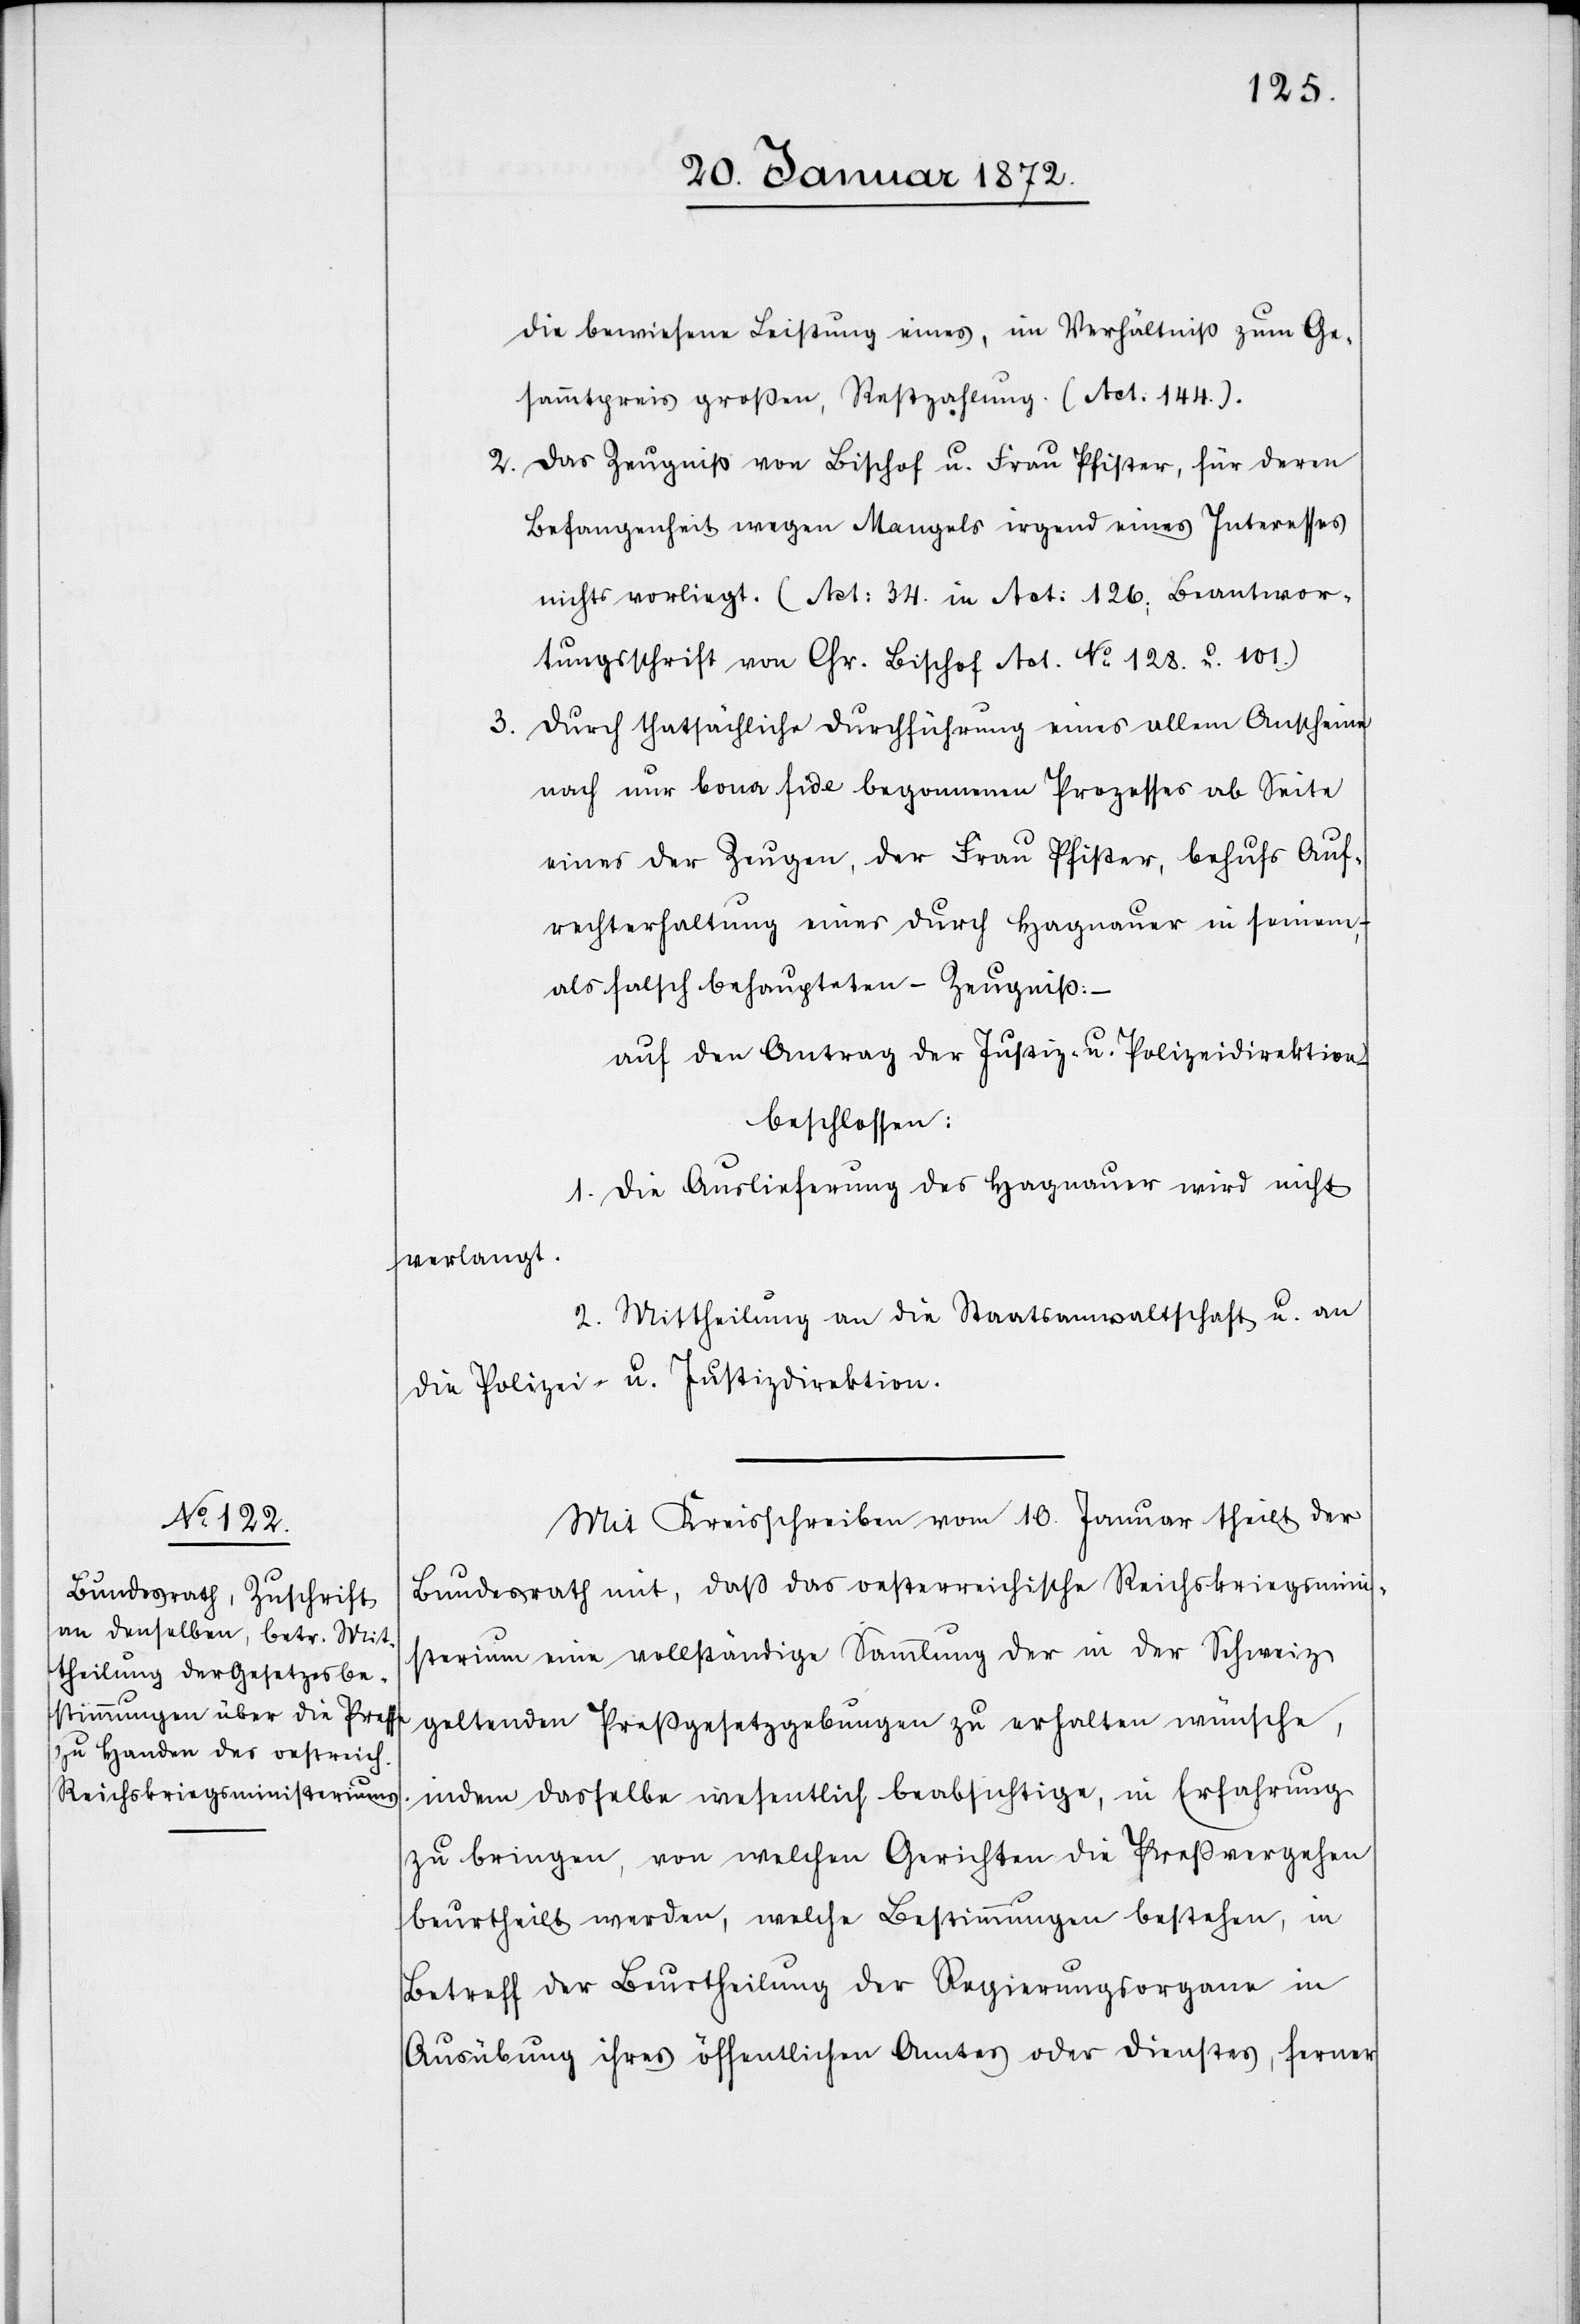
die bewiesene Leistung eines, im Verhältniß zum Ge¬
sammtpreis großen, Restzahlung [sic!] (Act. 144.).
Das Zeugniß von Bischof u. Frau Pfister, für deren
2.
Befangenheit wegen Mangels irgend eines Interesses
nichts vorliegt. (Act: 34. in Act: 126; Beantwor¬
tungsschrift von Chr. Bischof Act. No 128. u. 101.)
3.
Durch thatsächliche Durchführung eines allem Anscheine
nach nur bona fide begonnenen Prozesses ab Seite
eines der Zeugen, der Frau Pfister, behufs Auf¬
rechterhaltung eines durch Hagnauer in seinem,
als falsch behaupteten – Zeugniß: –
auf den Antrag der Justiz- u. Polizeidirektion
beschlossen:
1. Die Auslieferung des Hagnauer wird nicht
verlangt.
2. Mittheilung an die Staatsanwaltschaft u. an
die Polizei- u. Justizdirektion.
Mit Kreisschreiben vom 10. Januar theilt der
Bundesrath mit, daß das oesterreichische Reichskriegsmini¬
sterium eine vollständige Sammlung der in der Schweiz
geltenden Preßgesetzgebungen zu erhalten wünsche,
indem dasselbe wesentlich beabsichtige, in Erfahrung
zu bringen, von welchen Gerichten die Preßvergehen
beurtheilt werden, welche Bestimmungen bestehen, in
Betreff der Beurtheilung der Regierungsorgane in
Ausübung ihres öffentlichen Amtes oder Dienstes, ferner